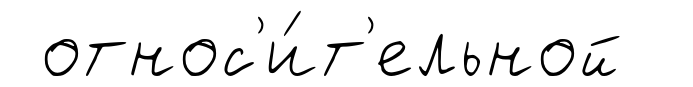
относ'и́т'ельной